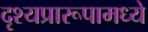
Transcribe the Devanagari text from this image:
दृश्यप्रारूपामध्ये